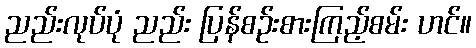
ညည်းလုပ်ပုံ ညည်း ပြန်စဉ်းစားကြည့်စမ်း ဟင်။